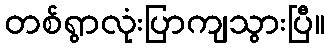
တစ်ရွာလုံးပြာကျသွားပြီ။